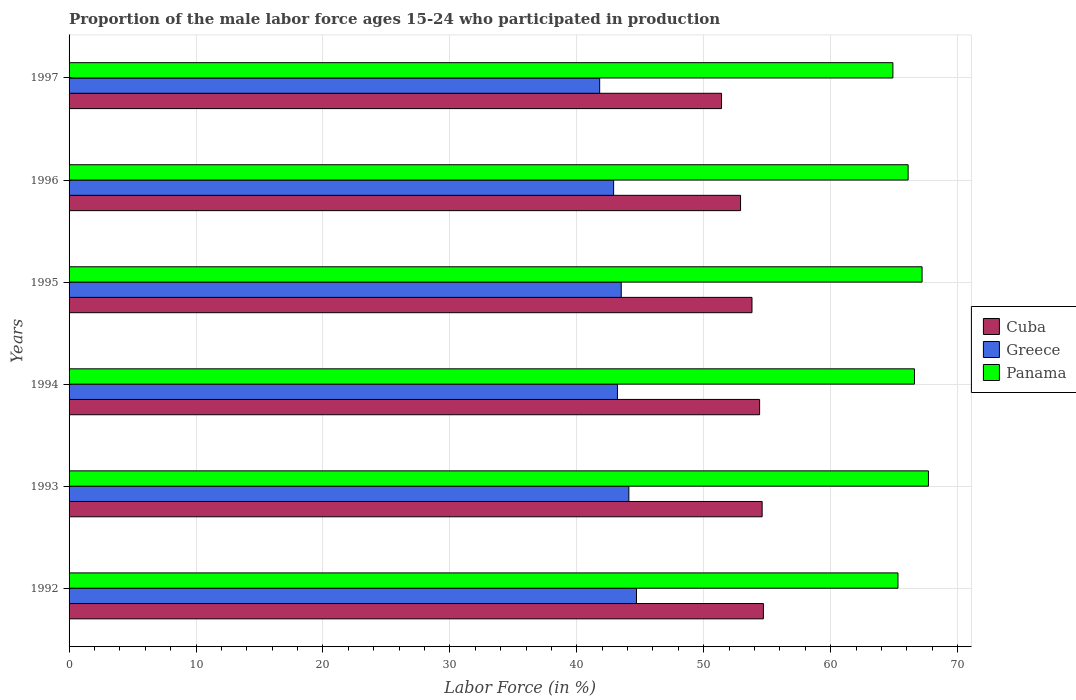
| Years | Cuba | Greece | Panama |
 | --- | --- | --- | --- |
 | 1992 | 54.7 | 44.7 | 65.3 |
 | 1993 | 54.6 | 44.1 | 67.7 |
 | 1994 | 54.4 | 43.2 | 66.6 |
 | 1995 | 53.8 | 43.5 | 67.2 |
 | 1996 | 52.9 | 42.9 | 66.1 |
 | 1997 | 51.4 | 41.8 | 64.9 |